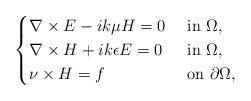
LaTeX: \begin{align*}\begin{cases}\nabla\times E-ik\mu H=0 & \mbox{ in }\Omega,\\\nabla\times H+ik\epsilon E=0 & \mbox{ in }\Omega,\\\nu\times H=f & \mbox{ on }\partial\Omega,\end{cases}\end{align*}